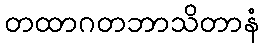
တထာဂတဘာသိတာနံ